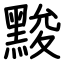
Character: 黢